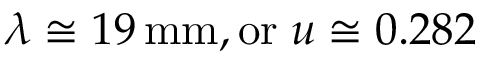
\lambda \cong 1 9 \, \mathrm { m m } , \mathrm { o r } \; u \cong 0 . 2 8 2